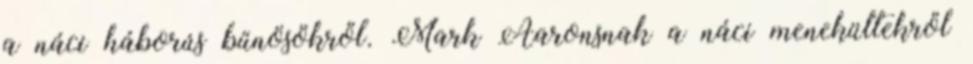
a náci háborús bűnösökről. Mark Aaronsnak a náci menekültekről